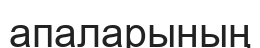
апаларының